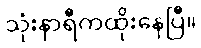
သုံးနာရီကထိုးနေပြီ။